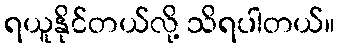
ရယူနိုင်တယ်လို့ သိရပါတယ်။